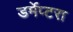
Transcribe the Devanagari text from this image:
डर्मेप्टरा